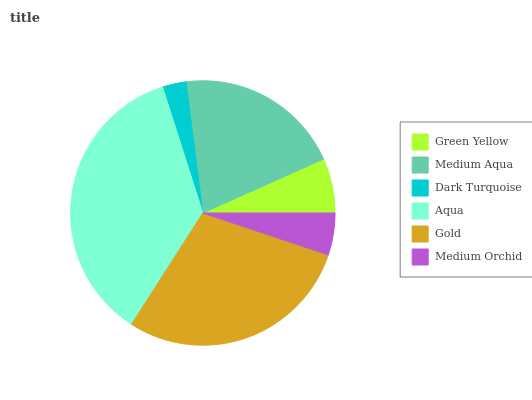
| Green Yellow | Medium Aqua | Dark Turquoise | Aqua | Gold | Medium Orchid |
 | --- | --- | --- | --- | --- | --- |
 | 6.68% | 20.4% | 2.9% | 36% | 29% | 5.14% |